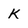
Character: K